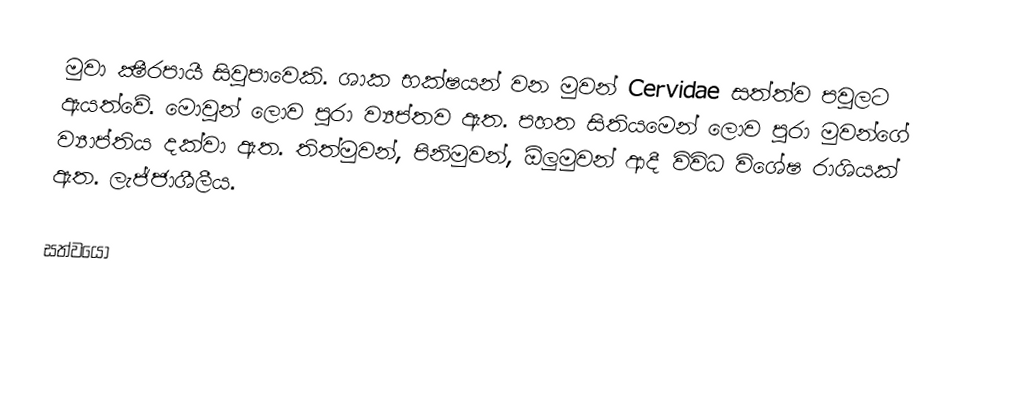
මුවා ක්‍ෂීරපායී සිවුපාවෙකි. ශාක භක්ෂයන් වන මුවන් Cervidae සත්ත්ව පවුලට ඇ‍යත්වේ. මොවුන් ලොව පුරා ව්‍යප්තව ඇත. පහත සිතියමෙන් ලොව පුරා මුවන්ගේ ව්‍යාප්තිය දක්වා ඇත. තිත්මුවන්, පිනිමුවන්, ඕලුමුවන් ආදී විවිධ විශේෂ රාශියක් ඇත. ලැජ්ජාශීලීය.

සත්වයෝ